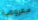
معروضة